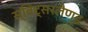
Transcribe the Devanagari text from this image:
स्विट्सरलैण्ड